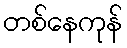
တစ်နေကုန်